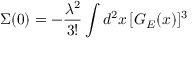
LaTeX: \Sigma ( 0 ) = - \frac { { \lambda } ^ { 2 } } { 3 ! } \int d ^ { 2 } x \, [ G _ { E } ( x ) ] ^ { 3 }